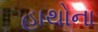
હાથોના